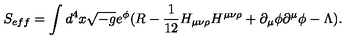
S _ { e f f } = \int d ^ { 4 } x \sqrt { - g } e ^ { \phi } ( R - \frac { 1 } { 1 2 } H _ { \mu \nu \rho } H ^ { \mu \nu \rho } + \partial _ { \mu } \phi \partial ^ { \mu } \phi - \Lambda ) .